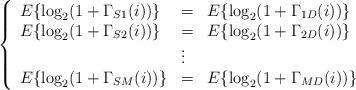
LaTeX: \begin{align*}\left\{\begin{array}{lll} E\{ \log_2(1+\Gamma_{S1}(i))\} &=& E\{\log_2(1+\Gamma_{1D}(i))\} \\ E\{ \log_2(1+\Gamma_{S2}(i))\} &=& E\{\log_2(1+\Gamma_{2D}(i))\} \\&\vdots&\\E\{ \log_2(1+\Gamma_{SM}(i))\} &=& E\{\log_2(1+\Gamma_{MD}(i))\}\end{array}\right. \end{align*}